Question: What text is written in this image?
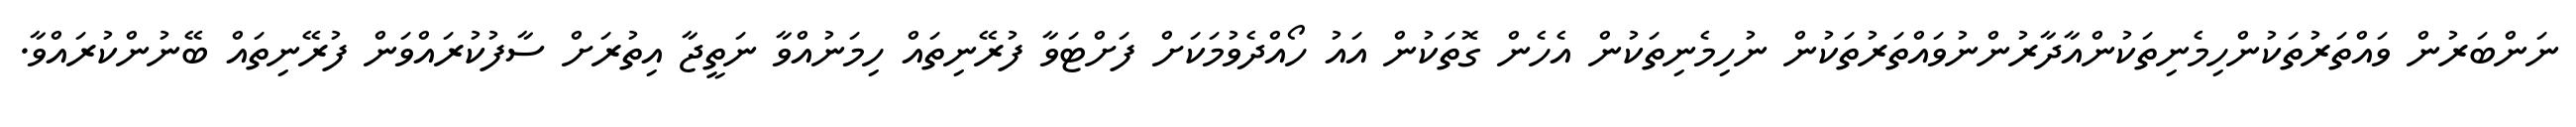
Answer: ނަންބަރުން ވައްތަރުތަކުންހިމެނިތަކުންއާދާރުންނުވައްތަރުތަކުން ނުހިމެނިތަކުން އެހެން ގޮތަކުން އައު ހޯއްދެވުމަކަށް ފަށްޓަވާ ފުރޭނިތައް ހިމަނުއްވާ ނަތީޖާ އިތުރަށް ސާފުކުރައްވަން ފުރޭނިތައް ބޭނުންކުރައްވާ.